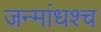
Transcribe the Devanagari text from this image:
जन्मांधश्च